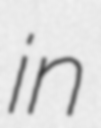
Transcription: in